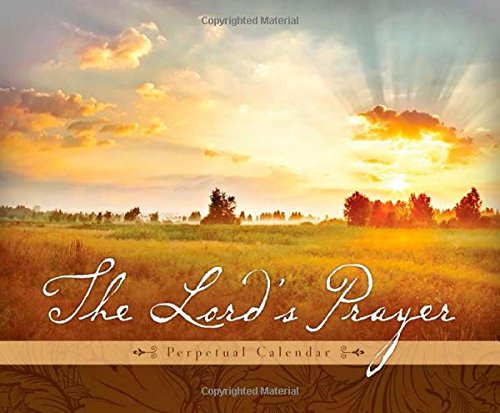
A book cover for The Lord's Prayer Perpetual Calendar: 365 Days of Prayers and Encouragement Inspired by Matthew 6; Compiled by Barbour Staff; Calendars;